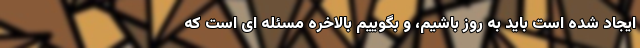
ایجاد شده است باید به روز باشیم، و بگوییم بالاخره مسئله ای است که